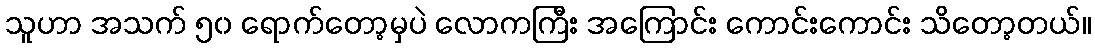
သူဟာ အသက် ၅၀ ရောက်တော့မှပဲ လောကကြီး အကြောင်း ကောင်းကောင်း သိတော့တယ်။